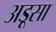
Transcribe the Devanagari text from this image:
अड़ूसा